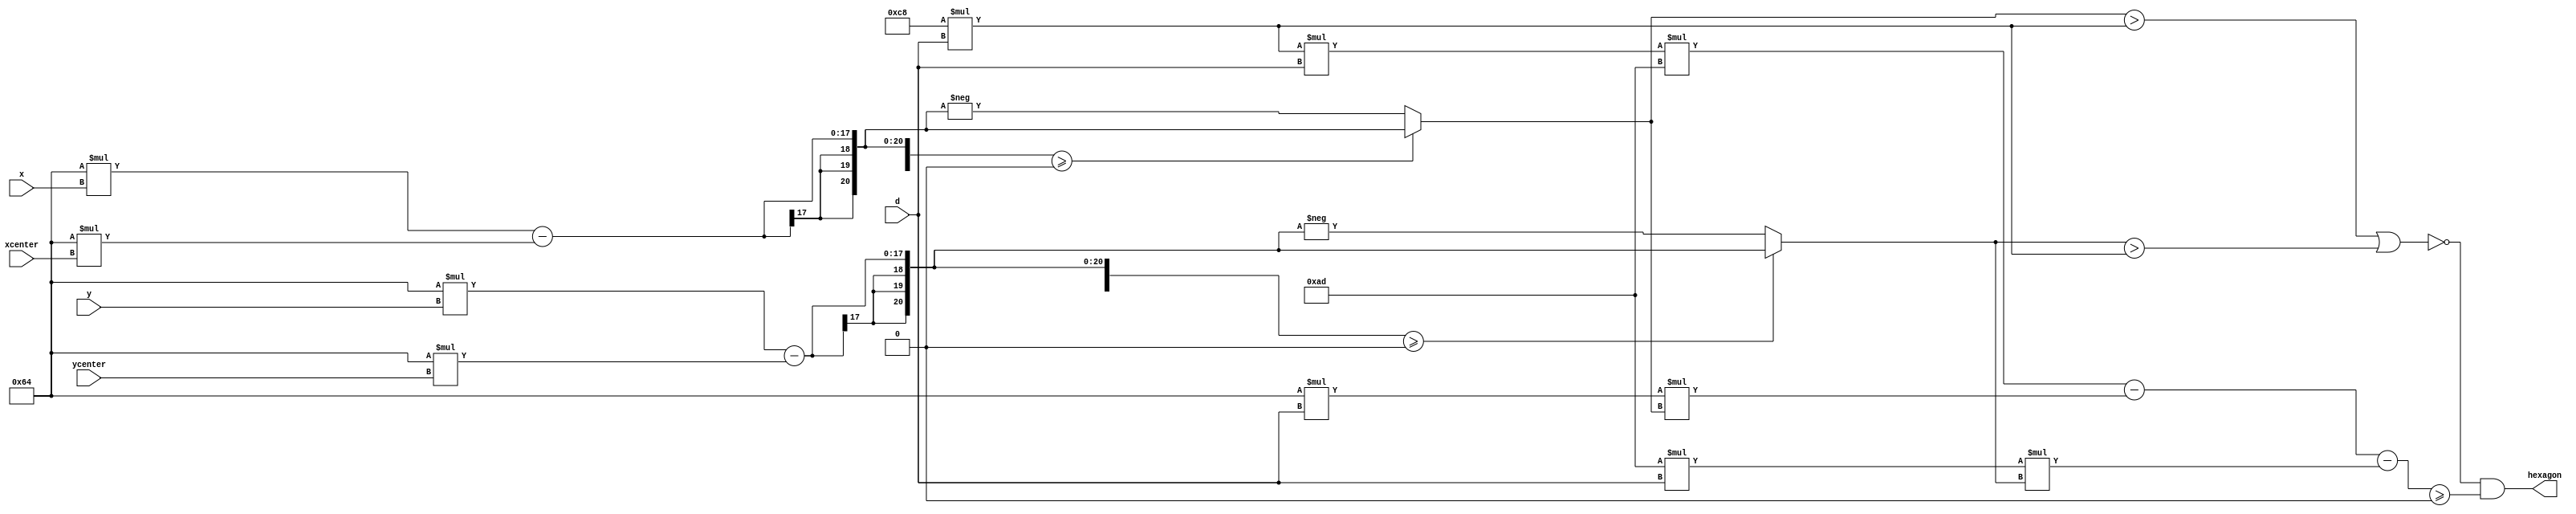
module hexagon (input [9:0] x,xcenter,y,ycenter, d, output hexagon );

wire [0:20] x1,x2,x3,x4,x5,x6,y1,y2,y3,y4,y5,y6;

wire [0:20] x_large,y_large,q2x,q2y;

assign x_large = 10'd100 * x;
assign y_large = 10'd100 * y;

assign x1 = 10'd100*xcenter;
assign y1 = 10'd100*ycenter + 10'd200*d; //top vertice

assign x2 = 10'd100*xcenter + 10'd173*d; //top right
assign y2 = 10'd100*ycenter +10'd100* d;

assign x3 = 10'd100*xcenter + 10'd173*d; //bottom right
assign y3 = 10'd100*ycenter - 10'd100*d; 

assign x4 = 10'd100*xcenter;					//bottom
assign y4 = 10'd100*ycenter - 10'd200*d;

assign x5 = 10'd100*xcenter - 10'd173*d;	//bottom left
assign y5 = 10'd100*ycenter - 10'd100*d;

assign x6 = 10'd100*xcenter - 10'd173*d; //top left
assign y6 = 10'd100*ycenter + 10'd100*d;
 
assign q2x = (x_large-10'd100*xcenter >= 0)? x_large-10'd100*xcenter : -(x_large-10'd100*xcenter);
assign q2y = (y_large-10'd100*ycenter >= 0)? y_large-10'd100*ycenter : -(y_large-10'd100*ycenter);


assign hexagon = !(q2x > 2*10'd100*d || q2y > 2*10'd100*d) && ( 2*10'd100*d * d * 173- 100 * d * q2x - 173 * d * q2y >= 0);

endmodule